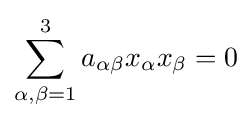
\sum _{\alpha ,\beta =1}^{3}a_{\alpha \beta }x_{\alpha }x_{\beta }=0